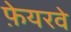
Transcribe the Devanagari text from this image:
फ़ेयरवे